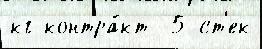
кг контра́кт -5 ст'ек